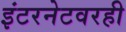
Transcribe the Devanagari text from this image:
इंटरनेटवरही